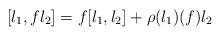
LaTeX: \begin{align*} [l_1,fl_2] = f[l_1,l_2] + \rho(l_1)(f) l_2\end{align*}